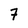
Character: 7